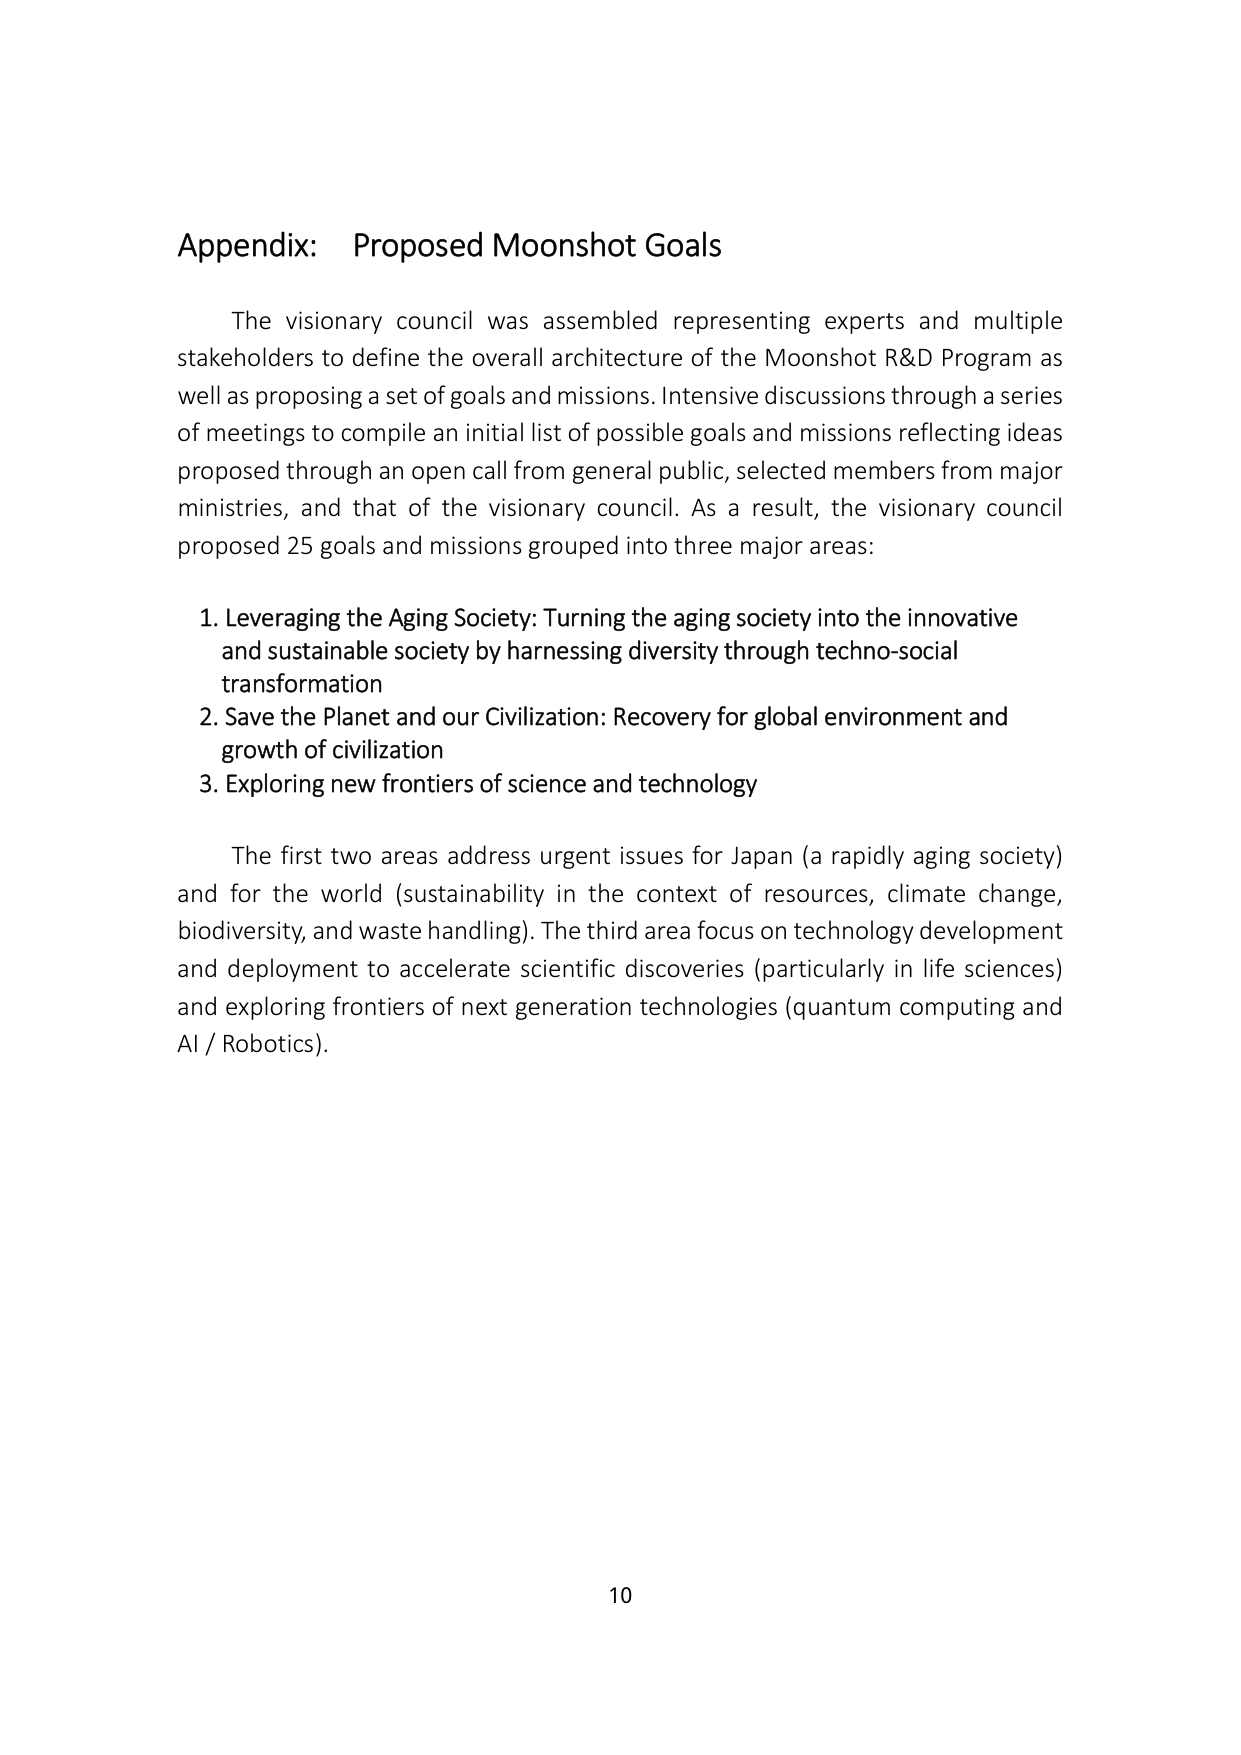
Appendix: Proposed Moonshot Goals

The visionary council was assembled representing experts and multiple stakeholders to define the overall architecture of the Moonshot R&D Program as well as proposing a set of goals and missions. Intensive discussions through a series of meetings to compile an initial list of possible goals and missions reflecting ideas proposed through an open call from general public, selected members from major ministries, and that of the visionary council. As a result, the visionary council proposed 25 goals and missions grouped into three major areas:

1. Leveraging the Aging Society: Turning the aging society into the innovative and sustainable society by harnessing diversity through techno-social transformation
2. Save the Planet and our Civilization: Recovery for global environment and growth of civilization
3. Exploring new frontiers of science and technology

The first two areas address urgent issues for Japan (a rapidly aging society) and for the world (sustainability in the context of resources, climate change, biodiversity, and waste handling). The third area focus on technology development and deployment to accelerate scientific discoveries (particularly in life sciences) and exploring frontiers of next generation technologies (quantum computing and AI / Robotics).

10